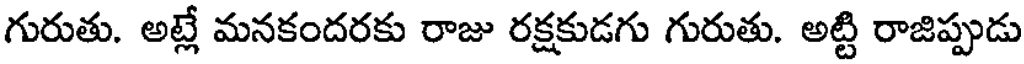
గురుతు. అట్లే మనకందరకు రాజు రక్షకుడగు గురుతు. అట్టి రాజిప్పుడు